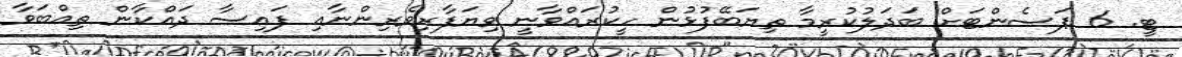
ޓީ. 6 ޕަސެންޓަށް ބަދަލުކުރީމާ ތިޔަބޭފުޅުން ހީކުރައްވާނީ ވިޔަފާރިވެރިންނާއި ފައިސާ ދައްކާން ތިއްބަވާ